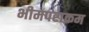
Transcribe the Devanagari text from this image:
भीमपराक्रम